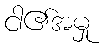
ငါ၏အမှု